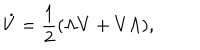
LaTeX: \dot { V } = \frac { 1 } { 2 } ( \Lambda V + V \Lambda ) ,